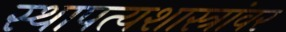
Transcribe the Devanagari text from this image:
स्थापत्यशास्त्रांवर